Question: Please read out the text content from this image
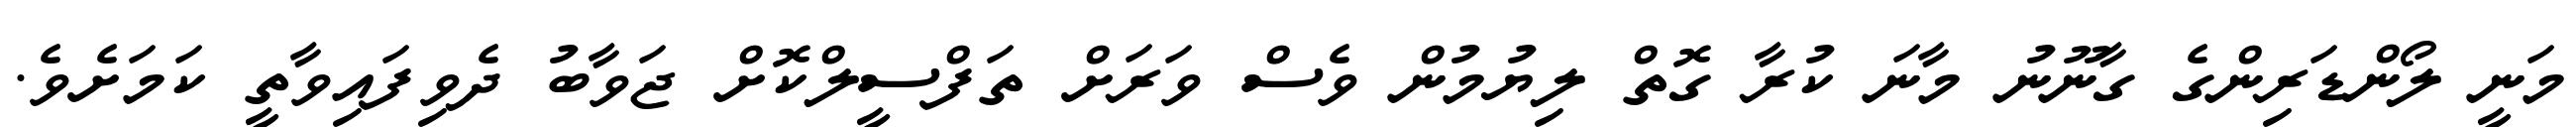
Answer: މަނީ ލޯންޑަރިންގެ ގާނޫނު މާނަ ކުރާ ގޮތް ލިޔުމުން ވެސް ވަރަށް ތަފްސީލްކޮށް ޖަވާބު ދެވިފައިވާތީ ކަމަށެވެ.